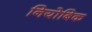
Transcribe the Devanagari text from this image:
नियोबिक